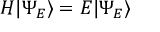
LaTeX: H | \Psi _ { E } \rangle = E | \Psi _ { E } \rangle